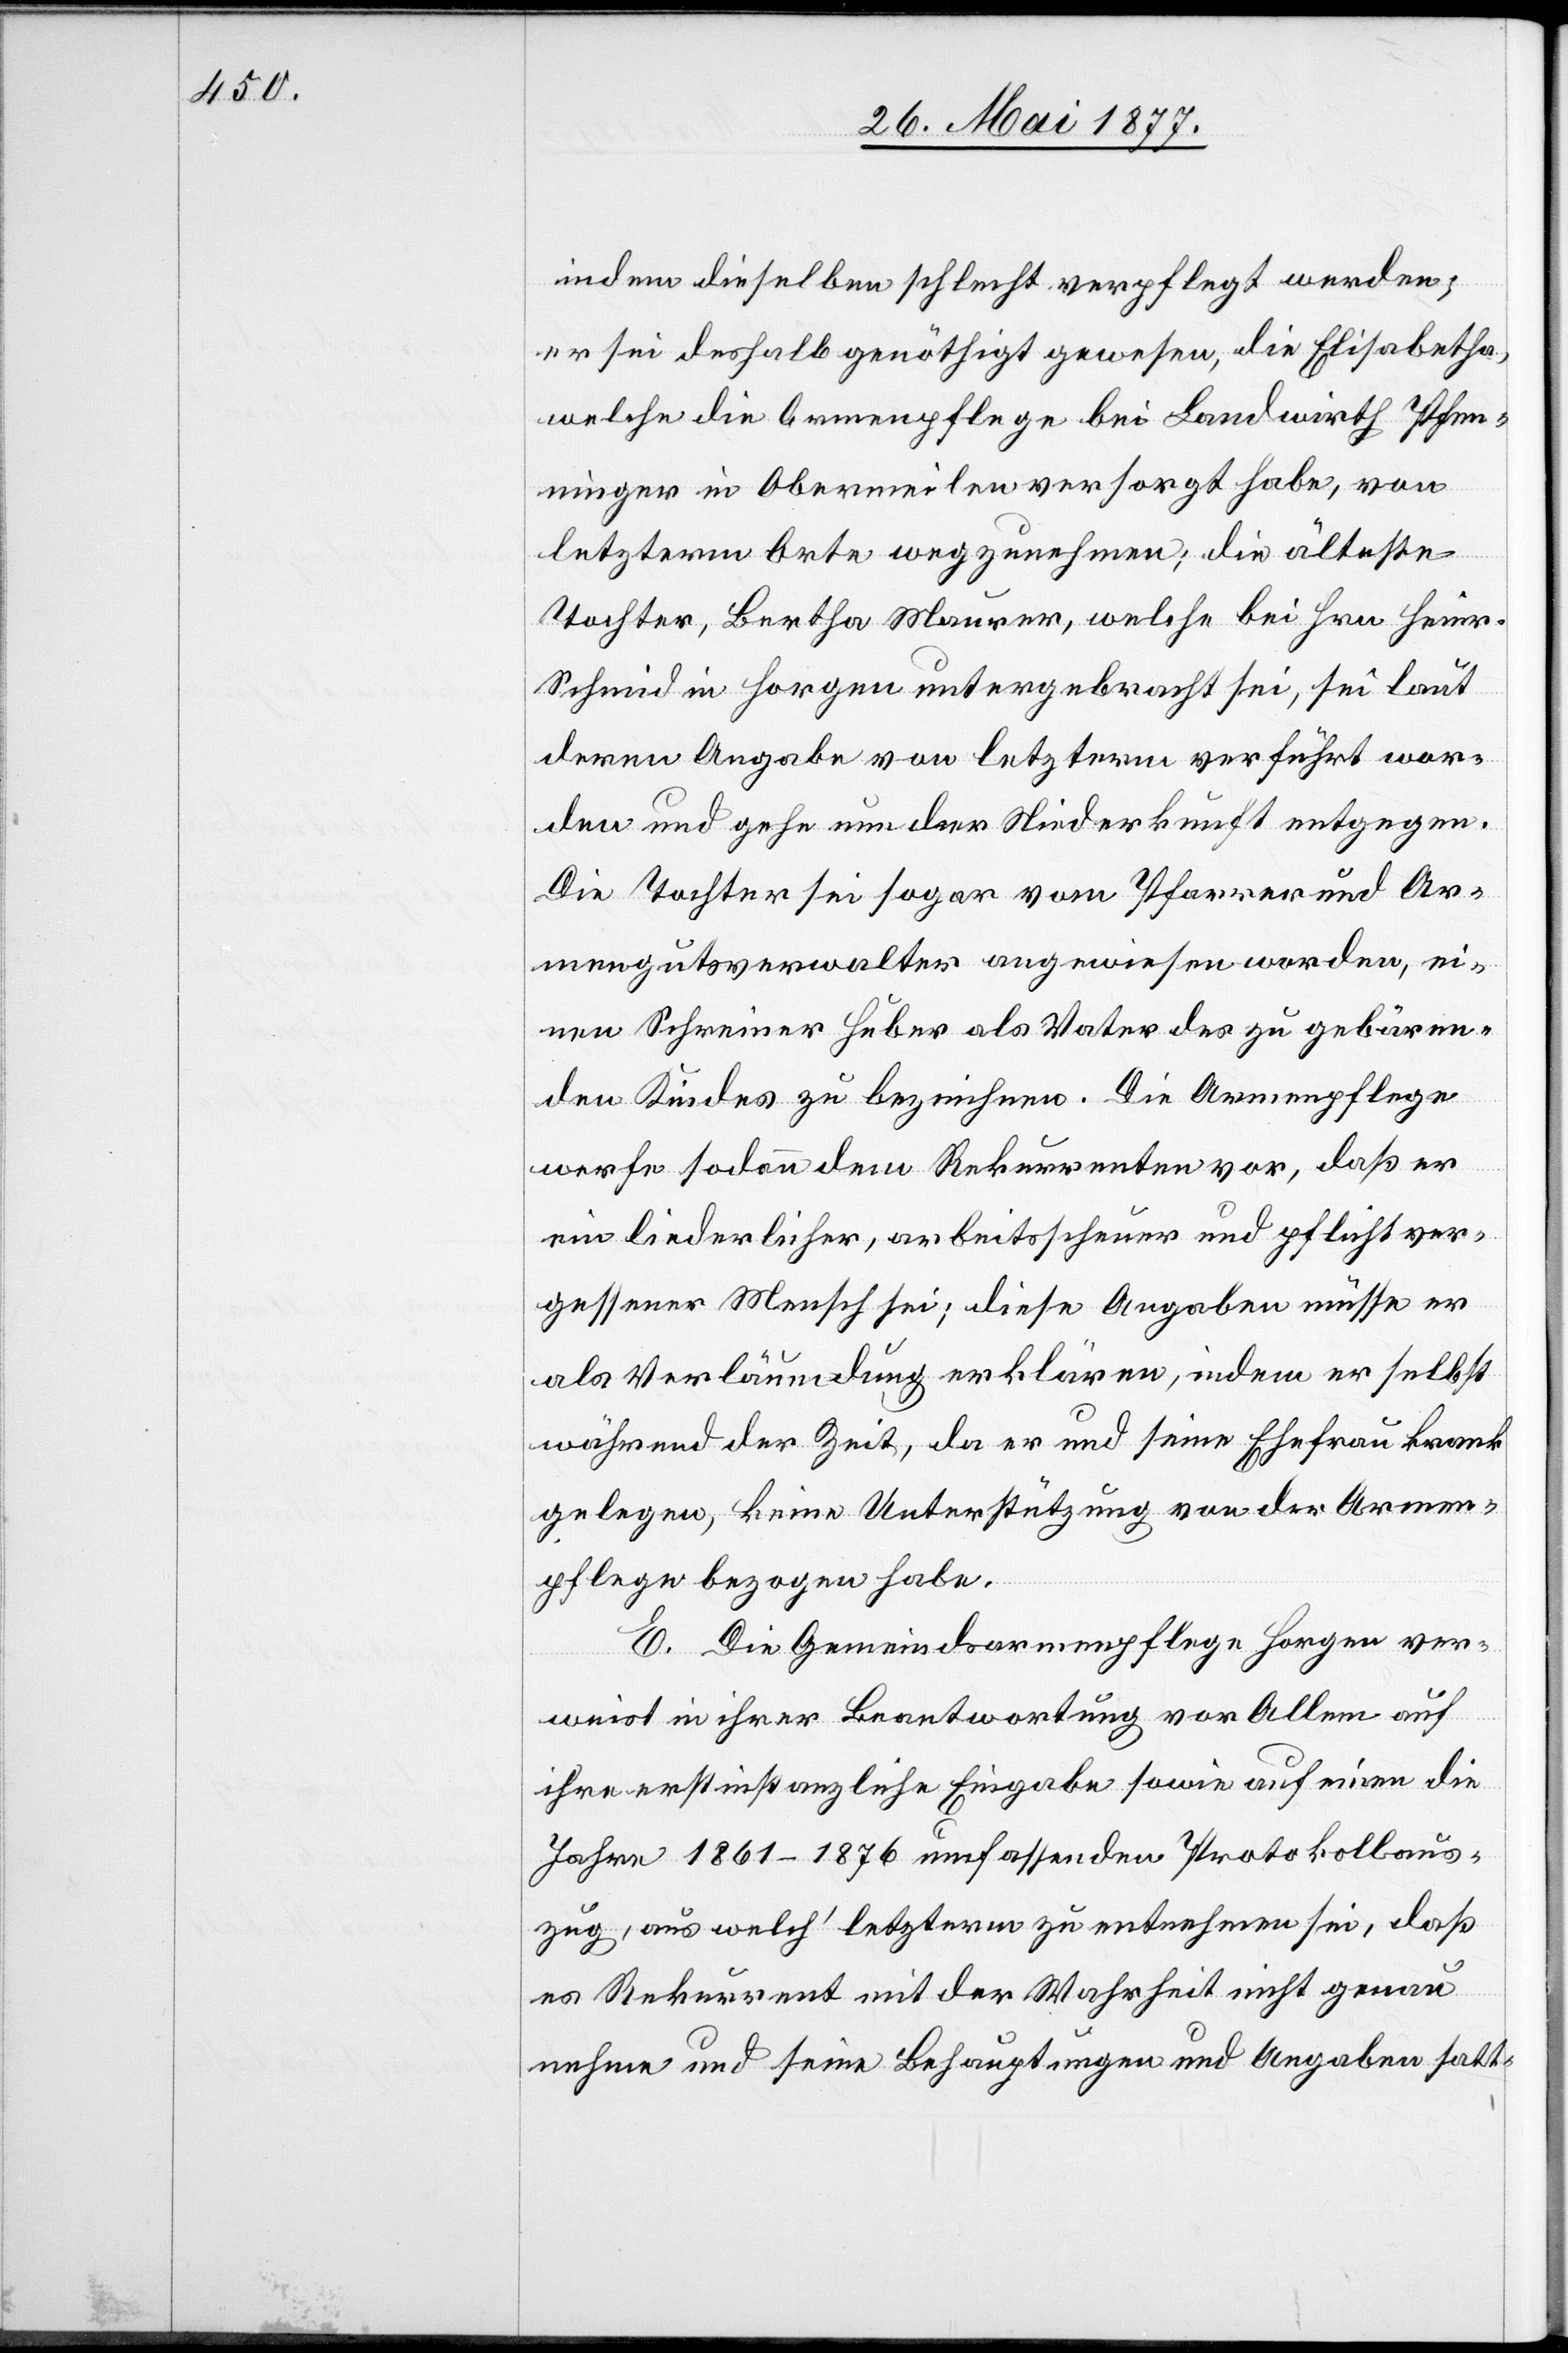
indem dieselben schlecht verpflegt werden;
er sei deshalb genöthigt gewesen, die Elisabetha,
welche die Armenpflege bei Landwirth Pfen¬
ninger in Obermeilen versorgt habe, von
letzterm Ort wegzunehmen; die älteste
Tochter, Bertha Maurer, welche bei Hrn. Heinr.
Schmid in Horgen untergebracht sei, sei laut
deren Angabe von letzterm verführt wor¬
den und gehe nun der Niederkunft entgegen.
Die Tochter sei sogar vom Pfarrer und Ar¬
mengutsverwalter angewiesen worden, ei¬
nen Schreiner Huber als Vater des zu gebären¬
den Kindes zu bezeichnen. Die Armenpflege
werfe sodann dem Rekurrenten vor, daß er
ein liederlicher, arbeitsscheuer und pflichtver¬
gessener Mensch sei; diese Angaben müsse er
als Verläumdung erklären, indem er selbst
während der Zeit, da er und seine Ehefrau krank
gelegen, keine Unterstützung von der Armen¬
pflege bezogen habe.
E. Die Gemeindsarmenpflege Horgen ver¬
weist in ihrer Beantwortung vor Allem auf
ihre erstinstanzliche Eingabe sowie auf einen die
Jahre 1861–1876 umfassenden Protokollaus¬
zug, aus welch’ letzterem zu entnehmen sei, daß
es Rekurrent mit der Wahrheit nicht so genau
nehme und seine Behauptungen und Angaben satt-